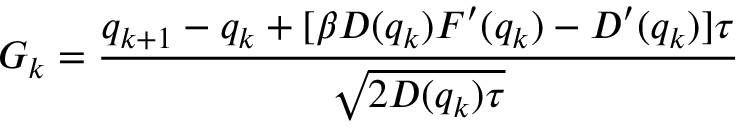
G _ { k } = \frac { q _ { k + 1 } - q _ { k } + [ \beta D ( q _ { k } ) F ^ { \prime } ( q _ { k } ) - D ^ { \prime } ( q _ { k } ) ] \tau } { \sqrt { 2 D ( q _ { k } ) \tau } }